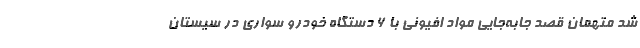
شد متهمان قصد جابه‌جایی مواد افیونی با 6 دستگاه خودرو سواری در سیستان